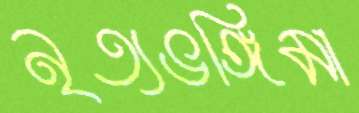
নৃত্যভঙ্গিমা